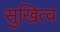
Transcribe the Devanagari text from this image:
सुखित्व